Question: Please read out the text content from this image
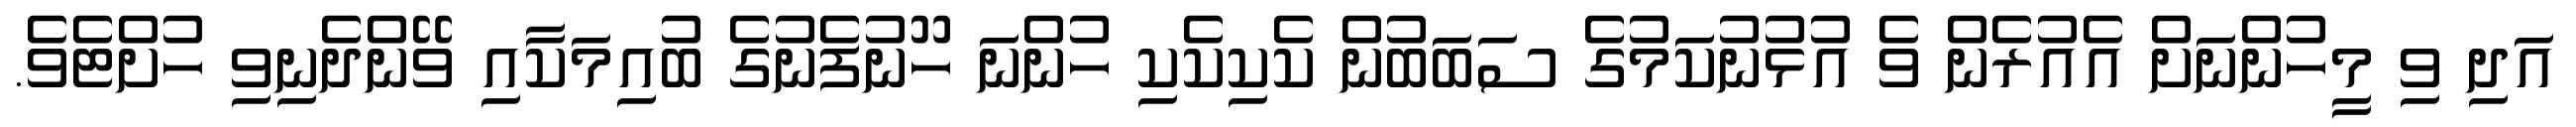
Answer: އަދި ވި މީހުންނަށް އެއުރެން ވެ އުޅުނުކަމުގެ ސަބަބުން ކެކިކެކި ހުންނަ ހޫނުފެނުގެ ބުއިމަކާއި ވޭންދެނިވި ހުށްޓެވެ.